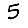
Digit: 5